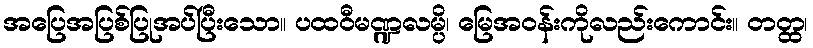
အပြေအပြစ်ပြုအပ်ပြီးသော။ ပထဝီမဏ္ဍလမ္ပိ၊ မြေအဝန်းကိုလည်းကောင်း။ တတ္ထ၊